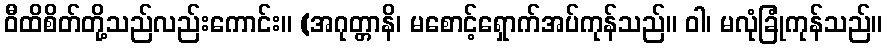
ဝီထိစိတ်တို့သည်လည်းကောင်း။ (အဂုတ္တာနိ၊ မစောင့်ရှောက်အပ်ကုန်သည်။ ဝါ၊ မလုံခြုံကုန်သည်။